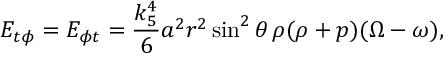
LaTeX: E _ { t \phi } = E _ { \phi t } = \frac { k _ { 5 } ^ { 4 } } 6 a ^ { 2 } r ^ { 2 } \sin ^ { 2 } \theta \, \rho ( \rho + p ) ( \Omega - \omega ) ,